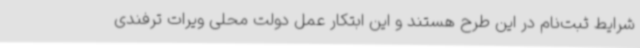
شرایط ثبت‌نام در این طرح هستند و این ابتکار عمل دولت محلی ویرات ترفندی